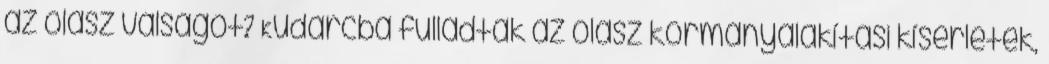
az olasz válságot? Kudarcba fulladtak az olasz kormányalakítási kísérletek,